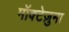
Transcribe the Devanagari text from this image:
मॉक्टेज़ुमा